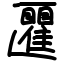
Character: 匷